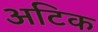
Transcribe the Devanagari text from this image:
अटिक